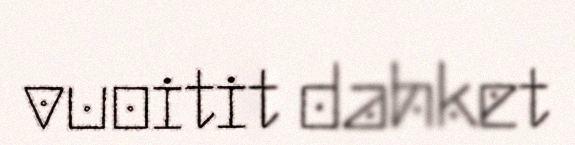
vuoitit dahket